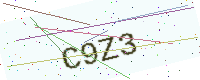
Text: C9Z3